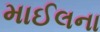
માઈલના